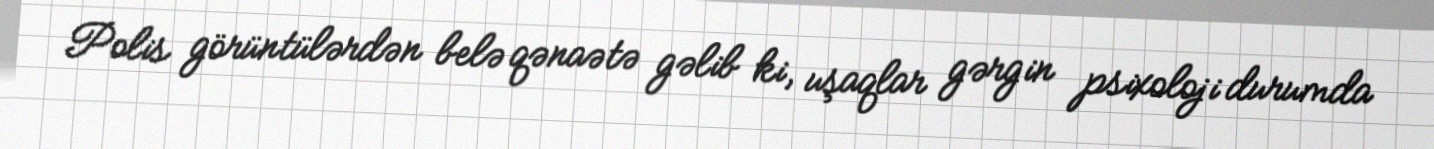
Polis görüntülərdən belə qənaətə gəlib ki, uşaqlar gərgin psixoloji durumda